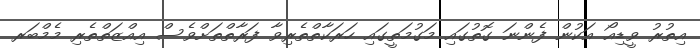
އިތުރު ވީޑިއޯ އަކުން ފެންނަ ގޮތުގައި މަގުމަތީގައި ހަރަކާތްތެރިވާ ފަރާތްތަށްވެސް އިއްޒަތްތެރި މެމްބަރ